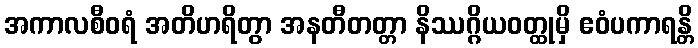
အကာလစီဝရံ အတိဟရိတွာ အနတီတတ္တာ နိဿဂ္ဂိယဝတ္ထုမှိ ဧဝံပကာရန္တိ